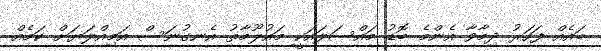
ބައެއް ފަހަރު ދިމާވާ އެންމެ ބޮޑު މައްސަލައަކީ މައުލޫމާތު އެނގުނަސް އަމިއްލަޔަށް ކަމެއް